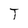
Character: T